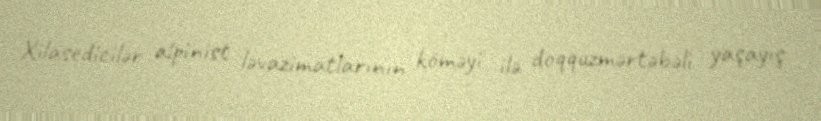
Xilasedicilər alpinist ləvazimatlarının köməyi ilə doqquzmərtəbəli yaşayış